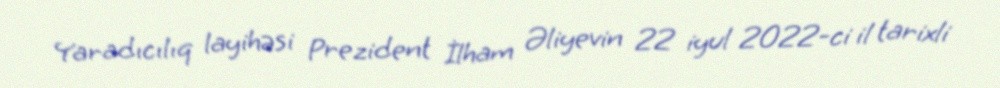
Yaradıcılıq layihəsi Prezident İlham Əliyevin 22 iyul 2022-ci il tarixli